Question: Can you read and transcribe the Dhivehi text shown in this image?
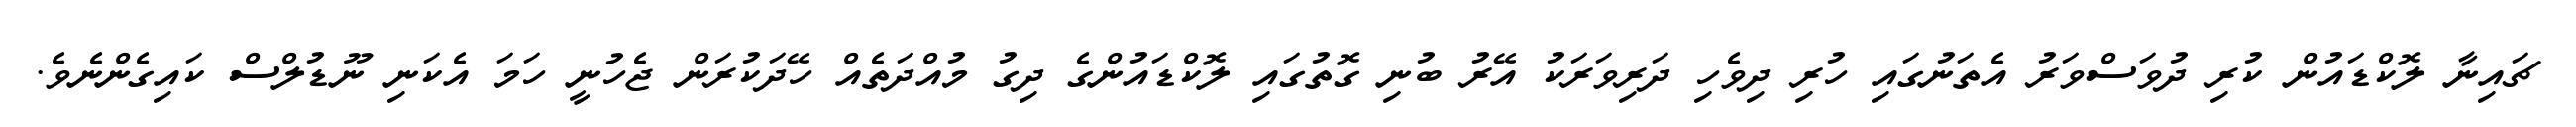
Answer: ޗައިނާ ލޮކްޑައުން ކުރި ދުވަސްވަރު އެތަނުގައި ހުރި ދިވެހި ދަރިވަރަކު އޭރު ބުނި ގޮތުގައި ލޮކްޑައުންގެ ދިގު މުއްދަތެއް ހޭދަކުރަން ޖެހުނީ ހަމަ އެކަނި ނޫޑުލްސް ކައިގެންނެވެ.